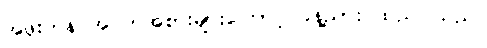
အဖိုးတန် အဝတ်အစားများကြောင့် ခန့်ညား ထည်ဝါသည်။